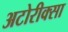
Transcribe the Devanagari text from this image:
अटोरीक्सा